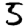
Digit: 5